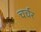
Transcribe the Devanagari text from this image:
चर्चर